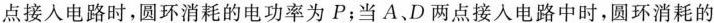
点接人电路时，圆环消耗的电功率为P；当A D两点接人电路中时，圆环消耗的